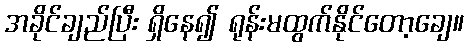
အခိုင်ချည်ပြီး ရှိနေ၍ ရုန်းမထွက်နိုင်တော့ချေ။